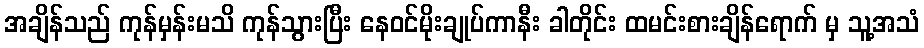
အချိန်သည် ကုန်မှန်းမသိ ကုန်သွားပြီး နေဝင်မိုးချုပ်ကာနီး ခါတိုင်း ထမင်းစားချိန်ရောက် မှ သူ့အသံ